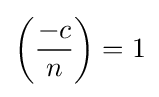
\left({\frac {-c}{n}}\right)=1